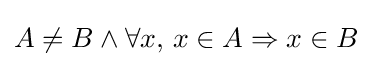
A\neq B\land \forall {}x,\,x\in A\Rightarrow x\in B